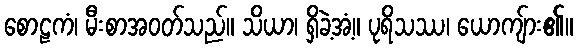
စောဠကံ၊ မီးစာအဝတ်သည်။ သိယာ၊ ရှိခဲ့အံ့။ ပုရိသဿ၊ ယောကျ်ား၏။